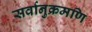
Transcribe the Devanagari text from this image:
सर्वानुक्रमणि